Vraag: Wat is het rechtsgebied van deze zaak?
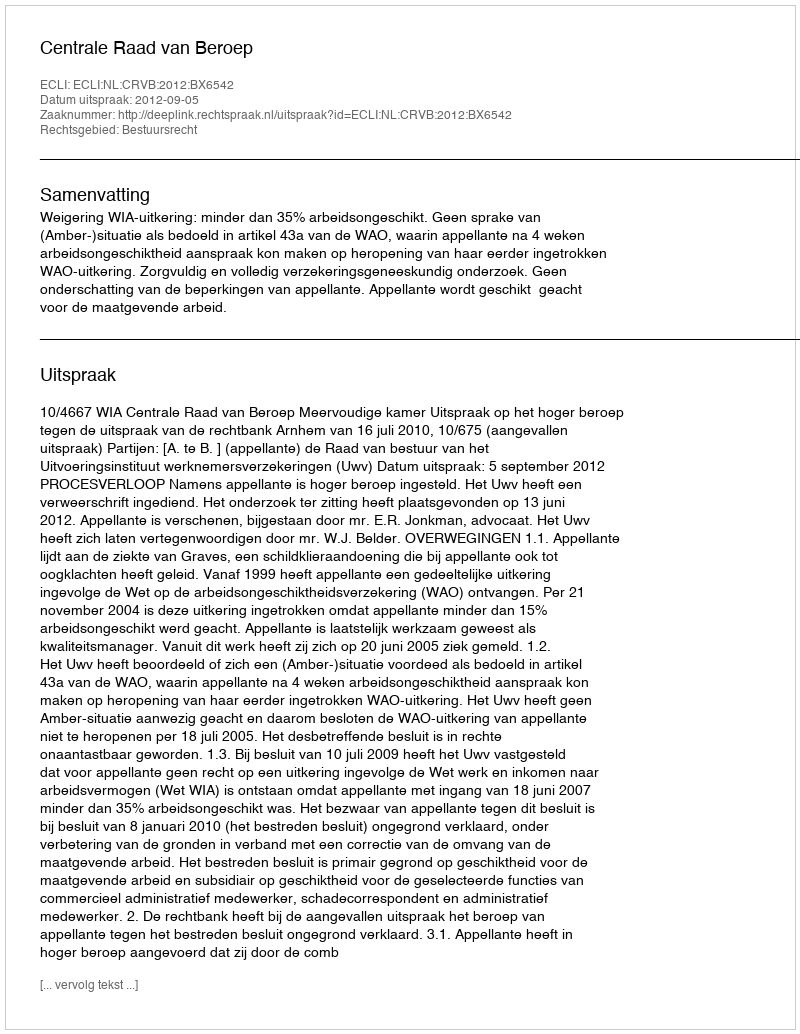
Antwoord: Bestuursrecht